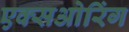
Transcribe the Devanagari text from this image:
एक्सओरिंग